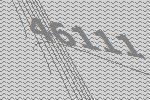
46111